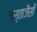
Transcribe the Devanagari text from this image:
जस्ताजैसी